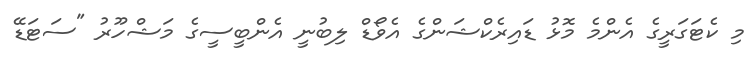
މި ކެޓަގަރީގެ އެންމެ މޮޅު ޑައިރެކްޝަންގެ އެވޯޑް ލިބުނީ އެންބީސީގެ މަޝްހޫރު "ސަޓަޑޭ